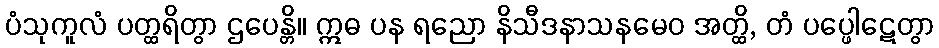
ပံသုကူလံ ပတ္ထရိတွာ ဌပေန္တိ။ ဣဓ ပန ရညော နိသီဒနာသနမေဝ အတ္ထိ, တံ ပပ္ဖေါဋေတွာ